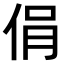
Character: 𠉌